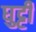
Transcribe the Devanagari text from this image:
घुट्टी